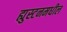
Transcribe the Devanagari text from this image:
ह्युस्टनमधील